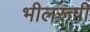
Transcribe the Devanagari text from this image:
भीलरूपी